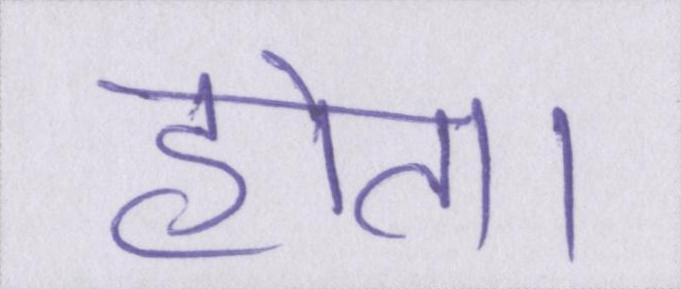
होता।